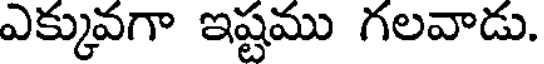
ఎక్కువగా ఇష్టము గలవాడు.